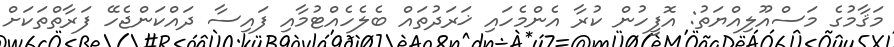
މަޤާމުގެ މަސްއޫލިއްޔަތު: އޮފީހުން ކުރާ އެންމެހައި ޚަރަދުތައް ބެލެހެއްޓުމާއި ފައިސާ ދައްކަންޖެހޭ ފަރާތްތަކަށް